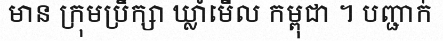
មាន ក្រុមប្រឹក្សា ឃ្លាំមើល កម្ពុជា ។ បញ្ជាក់